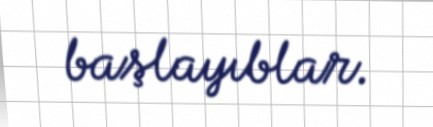
başlayıblar.